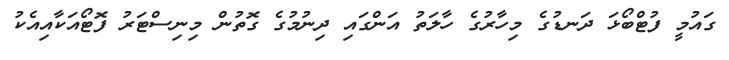
ގައުމީ ފުޓްބޯޅަ ދަނޑުގެ މިހާރުގެ ހާލަތު އަންގައި ދިނުމުގެ ގޮތުން މިނިސްޓަރު ފޮޓޯއަކާއިއެކު